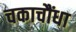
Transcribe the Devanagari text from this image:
चकाचौंधा